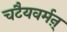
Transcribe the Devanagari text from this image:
चटैयवर्मऩ्